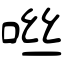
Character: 咝